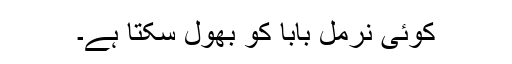
کوئی نرمل بابا کو بھول سکتا ہے۔